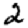
Digit: 2